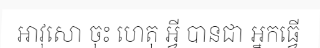
អាវុសោ ចុះ ហេតុ អ្វី បានជា អ្នកធ្វើ